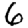
Digit: 6